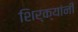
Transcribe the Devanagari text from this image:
शिर्क्यांनी